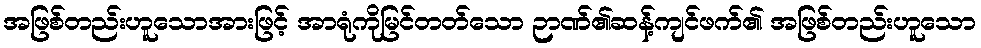
အဖြစ်တည်းဟူသောအားဖြင့် အာရုံကိုမြင်တတ်သော ဉာဏ်၏ဆန့်ကျင်ဖက်၏ အဖြစ်တည်းဟူသော